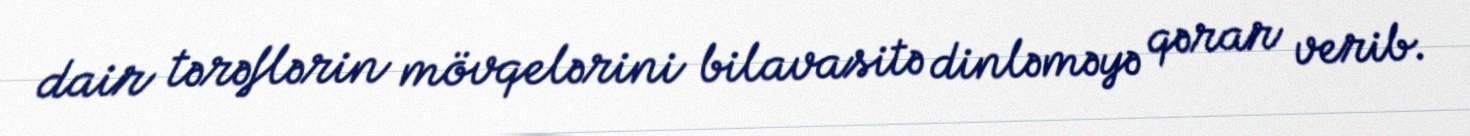
dair tərəflərin mövqelərini bilavasitə dinləməyə qərar verib.